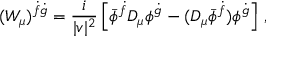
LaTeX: ( W _ { \mu } ) ^ { \dot { f } \dot { g } } = \frac { i } { | v | ^ { 2 } } \left[ \bar { \phi } ^ { \dot { f } } { \cal D } _ { \mu } \phi ^ { \dot { g } } - ( { \cal D } _ { \mu } \bar { \phi } ^ { \dot { f } } ) \phi ^ { \dot { g } } \right] \, ,